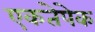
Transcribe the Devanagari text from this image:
एकतेपेक